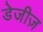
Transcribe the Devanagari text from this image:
डेजीज़